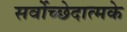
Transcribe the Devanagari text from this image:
सर्वोच्छेदात्मके